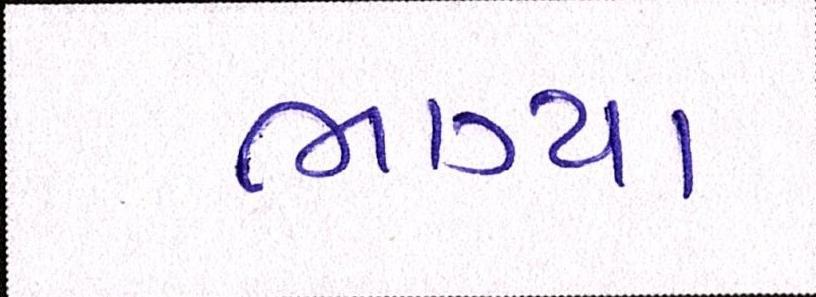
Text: ભાગ્યા